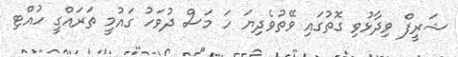
ޝަރީފް ވިދާޅުވި ގޮތުގައި ވޭތުވެދިޔަ ހަ މަސް ދުވަހު ގައުމީ ތަރައްގީ ހުއްޓި